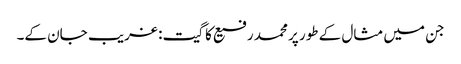
جن میں مثال کے طور پر محمد رفیع کا گیت: غریب جان کے۔